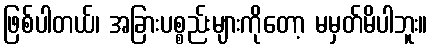
ဖြစ်ပါတယ်၊ အခြားပစ္စည်းများကိုတော့ မမှတ်မိပါဘူး။